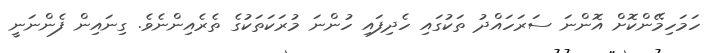
ހަމަހިމޭންކޮށް އޮންނަ ސަރަހައްދު ތަކުގައި ހެދިފައި ހުންނަ މުރަކަތަކުގެ ތެރެއިންނެވެ. ގިނައިން ފެންނަނީ